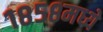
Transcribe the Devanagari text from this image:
१८५८मध्ये